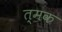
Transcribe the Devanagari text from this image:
त्मक